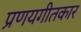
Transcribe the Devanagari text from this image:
प्रणयगीतकार